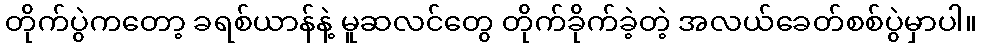
တိုက်ပွဲကတော့ ခရစ်ယာန်နဲ့ မူဆလင်တွေ တိုက်ခိုက်ခဲ့တဲ့ အလယ်ခေတ်စစ်ပွဲမှာပါ။